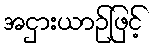
အငှားယာဉ်ဖြင့်